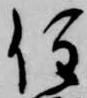
住